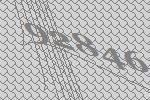
92846